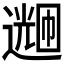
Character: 𬩌